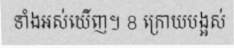
ទាំងអស់ឃើញ។ 8 ក្រោយបង្អស់